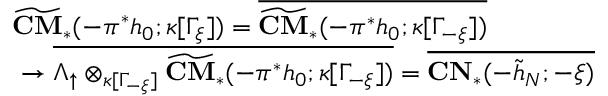
\begin{array} { r l } & { \widetilde { \mathbf { C M } } _ { * } ( - \pi ^ { * } h _ { 0 } ; \kappa [ \Gamma _ { \xi } ] ) = \overline { { \widetilde { \mathbf { C M } } _ { * } ( - \pi ^ { * } h _ { 0 } ; \kappa [ \Gamma _ { - \xi } ] ) } } } \\ & { \, \, \to \overline { { \Lambda _ { \uparrow } \otimes _ { \kappa [ \Gamma _ { - \xi } ] } \widetilde { \mathbf { C M } } _ { * } ( - \pi ^ { * } h _ { 0 } ; \kappa [ \Gamma _ { - \xi } ] ) } } = \overline { { \mathbf { C N } _ { * } ( - \tilde { h } _ { N } ; - \xi ) } } } \end{array}